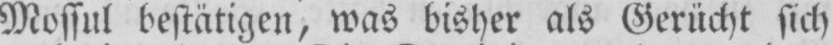
Mossul bestätigen, was bisher als Gerücht sich